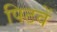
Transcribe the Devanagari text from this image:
पिटवें